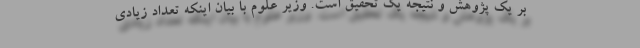
بر یک پژوهش و نتیجه یک تحقیق است. وزیر علوم با بیان اینکه تعداد زیادی